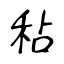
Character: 秥